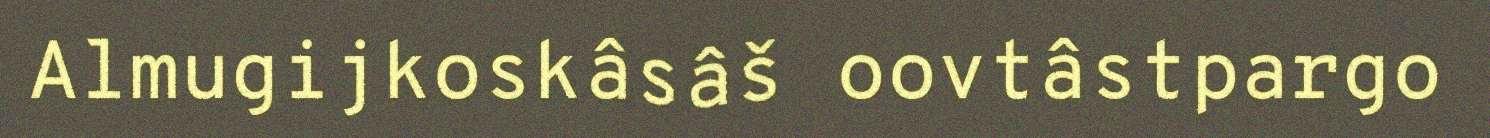
Almugijkoskâsâš oovtâstpargo